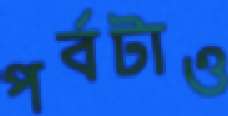
পর্বটাও